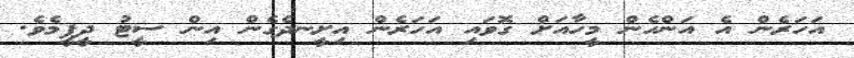
އަހަރެން އެ އަންހެން މީހާއަށް ގޮވައި އަހަރެން އިށީނދެގެން އިން ސީޓު ދީފީމެވެ.